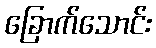
ခြောက်သောင်း